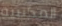
المكتبية